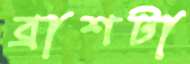
ব্রাশটা